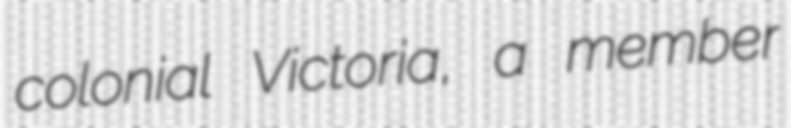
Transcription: colonial Victoria, a member